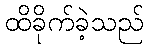
ထိခိုက်ခဲ့သည်